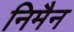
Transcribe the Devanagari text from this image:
निमैन